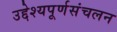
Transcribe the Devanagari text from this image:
उद्देश्यपूर्णसंचलन